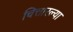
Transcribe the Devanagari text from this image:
चित्तारल्या